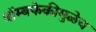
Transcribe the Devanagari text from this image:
बॉम्बफेकीमुळेच